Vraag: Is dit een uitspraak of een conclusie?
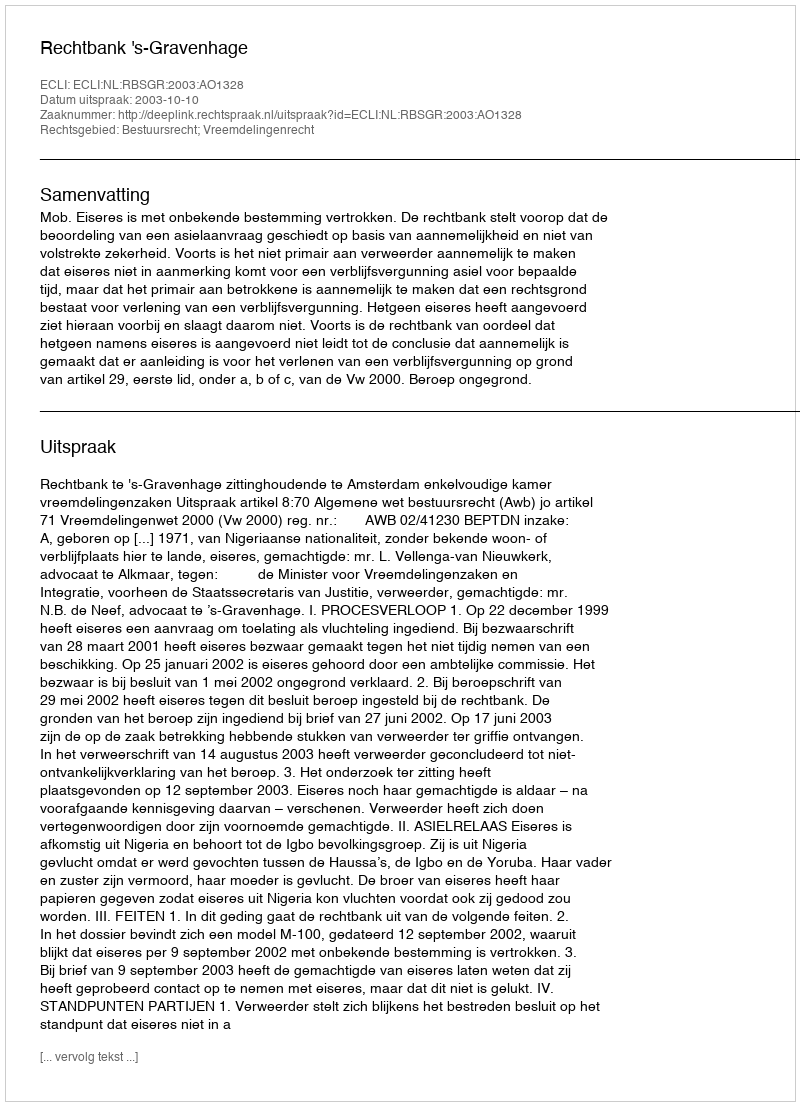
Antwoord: Uitspraak